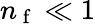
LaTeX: n_{\mathrm{~f~}}\ll 1